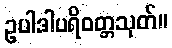
ဥပါဒါပရိဝတ္တသုတ်။